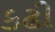
કઢી